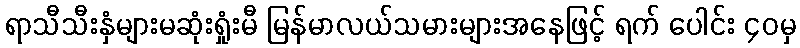
ရာသီသီးနှံများမဆုံးရှုံးမီ မြန်မာလယ်သမားများအနေဖြင့် ရက် ပေါင်း ၄၀မှ